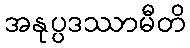
အနုပ္ပဒဿာမီတိ